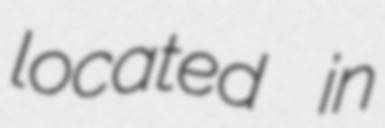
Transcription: located in